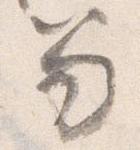
笏